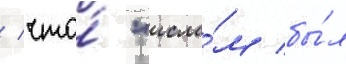
/ что́ "исла́м бы́л